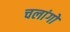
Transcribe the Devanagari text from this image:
चलांगों